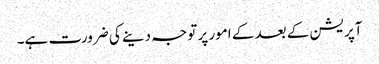
آپریشن کے بعد کے امور پر توجہ دینے کی ضرورت ہے۔